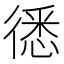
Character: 㣰